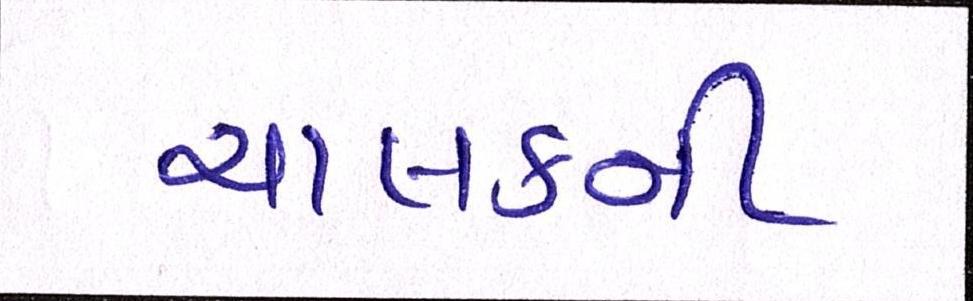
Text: ચાલકની